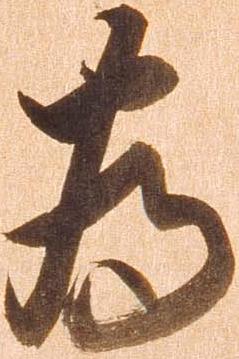
為